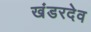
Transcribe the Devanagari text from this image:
खंडरदेव